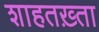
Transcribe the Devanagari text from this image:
शाहतख़्ता